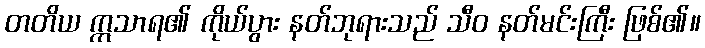
တတိယ ဣသာရ၏ ကိုယ်ပွား နတ်ဘုရားသည် သီဝ နတ်မင်းကြီး ဖြစ်၏။